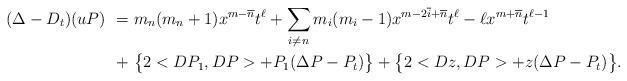
LaTeX: \begin{align*}(\Delta - D_t)(uP)\ =\ & m_n (m_{n}+1)x^{m-\overline{n}} t^\ell + \sum_{i \neq n} m_i (m_i - 1) x^{m - 2 \overline{i} + \overline{n}} t^\ell - \ell x^{m+ \overline{n}} t^{\ell-1}\\+\ & \big\{2 <DP_1,DP> + P_1(\Delta P -P_t)\big\} + \big\{2 <Dz,DP> + z (\Delta P -P_t)\big\}.\end{align*}